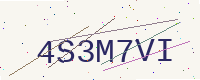
Text: 4S3M7VI